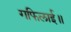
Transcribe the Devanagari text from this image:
गफिलाई॥